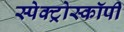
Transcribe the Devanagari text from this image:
स्पेक्ट्रोस्कॉपी